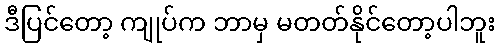
ဒီပြင်တော့ ကျုပ်က ဘာမှ မတတ်နိုင်တော့ပါဘူး